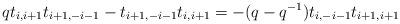
LaTeX: \begin{align*}qt_{i,i+1}t_{i+1,-i-1} - t_{i+1,-i-1}t_{i,i+1} = -(q-q^{-1})t_{i,-i-1}t_{i+1,i+1}\end{align*}